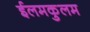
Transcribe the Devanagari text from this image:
ईलमकुलम